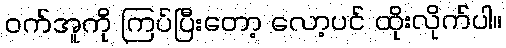
ဝက်အူကို ကြပ်ပြီးတော့ လော့ပင် ထိုးလိုက်ပါ။